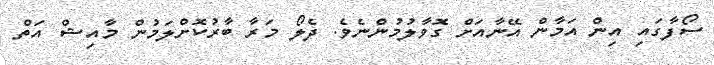
ސޯފާގައި އިން އަމާން އޭނާއަށް ގޮވާލުމުންނެވެ. ދެލޯ މަރާ ބާރުކޮށްލަމުން މާއިޝް އަތް